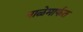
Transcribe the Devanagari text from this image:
नाळेमार्फत